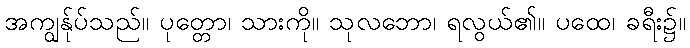
အကျွန်ုပ်သည်။ ပုတ္တော၊ သားကို။ သုလဘော၊ ရလွယ်၏။ ပထေ၊ ခရီး၌။